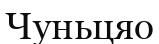
Чуньцяо